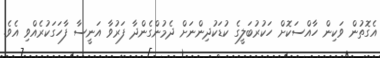
އެގޮތުން ވަކިން ހާއްސަކޮށް ހަކުރުބަލީގެ ކުޑަކުދިންނަށް ދެމުންގެންދާ ފަރުވާ އަނީސާ ފާހަގަކުރެއްވި އެވެ.